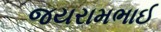
જયરામભાઈ